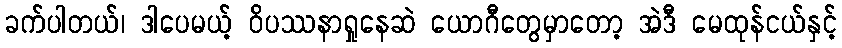
ခက်ပါတယ်၊ ဒါပေမယ့် ဝိပဿနာရှုနေဆဲ ယောဂီတွေမှာတော့ အဲဒီ မေထုန်ငယ်နှင့်